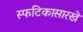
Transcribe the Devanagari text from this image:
स्फटिकासारखे